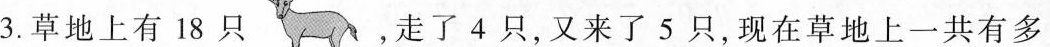
3.草地上有18只 ，走了4只，又来了5只，现在草地上一共有多